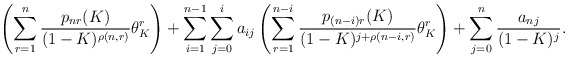
\begin{align*} \left(\sum_{r = 1}^n \frac{p_{nr}(K)}{(1-K)^{\rho(n,r)}}\theta_K^r\right) + \sum_{i = 1}^{n-1}\sum_{j = 0}^i a_{ij}\left(\sum_{r = 1}^{n-i} \frac{p_{(n-i)r}(K)}{(1-K)^{j+\rho(n-i,r)}}\theta_K^r\right) + \sum_{j = 0}^n\frac{a_{nj}}{(1-K)^j}.\end{align*}